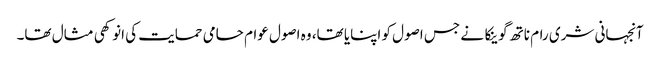
آنجہانی شری رام ناتھ گوینکا نے جس اصول کو اپنایا تھا، وہ اصول عوام حامی حمایت کی انوکھی مثال تھا۔